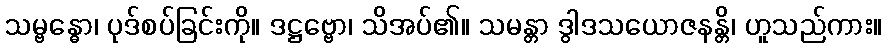
သမ္ဗန္ဓော၊ ပုဒ်စပ်ခြင်းကို။ ဒဋ္ဌဗ္ဗော၊ သိအပ်၏။ သမန္တာ ဒွါဒသယောဇနန္တိ၊ ဟူသည်ကား။